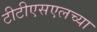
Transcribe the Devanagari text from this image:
टीटीएसएलच्या